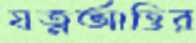
যত্নআত্তির